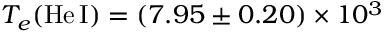
T _ { e } ( \mathrm { H e \, I } ) = ( 7 . 9 5 \pm 0 . 2 0 ) \times 1 0 ^ { 3 }